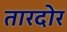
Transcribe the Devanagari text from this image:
तारदोर